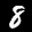
Label: 8